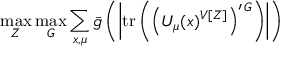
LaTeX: \operatorname * { m a x } _ { Z } \operatorname * { m a x } _ { G } \sum _ { x , \mu } \bar { g } \left( \left| \mathrm { t r } \left( \left( U _ { \mu } ( x ) ^ { V [ Z ] } \right) ^ { \prime \, G } \right) \right| \right)